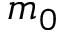
m _ { 0 }